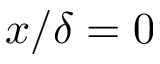
x / \delta = 0